Report on vaccination in the Province of Bengal - 1869-1873
Year: 1869
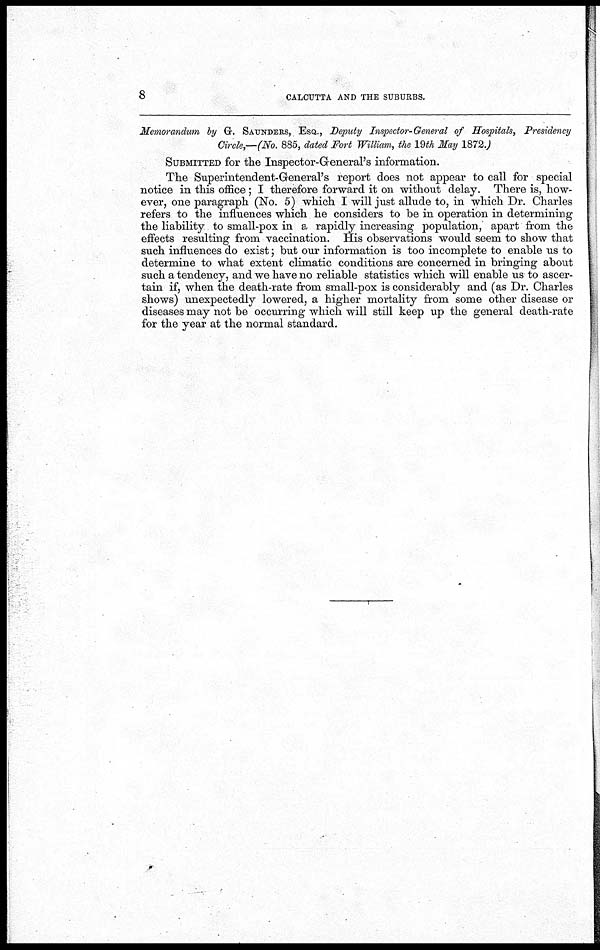
8
CALCUTTA AND THE SUBURBS.
Memorandum by G. SAUNDERS, ESQ., Deputy Inspector-General of Hospitals, Presidency
Circle,—(No. 885, dated Fort William, the 19th May 1872.)
SUBMITTED for the Inspector-General's information.
The Superintendent-General's report does not appear to call for special
notice in this office; I therefore forward it on without delay. There is, how-
ever, one paragraph (No. 5) which I will just allude to, in which Dr. Charles
refers to the influences which he considers to be in operation in determining
the liability to small-pox in a rapidly increasing population, apart from the
effects resulting from vaccination. His observations would seem to show that
such influences do exist; but our information is too incomplete to enable us to
determine to what extent climatic conditions are concerned in bringing about
such a tendency, and we have no reliable statistics which will enable us to ascer-
tain if, when the death-rate from small-pox is considerably and (as Dr. Charles
shows) unexpectedly lowered, a higher mortality from some other disease or
diseases may not be occurring which will still keep up the general death-rate
for the year at the normal standard.